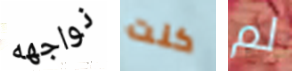
نواجهه كنت لم